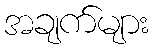
အချက်များ